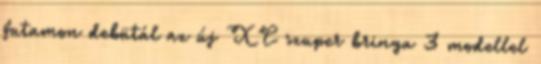
futamon debütál az új XC szuper bringa 3 modellel